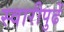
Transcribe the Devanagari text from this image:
स्वारीपुढें